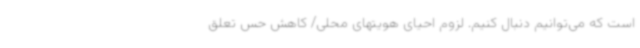
است که می‌توانیم دنبال کنیم. لزوم احیای هویتهای محلی/ کاهش حس تعلق